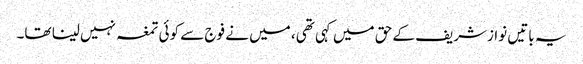
یہ باتیں نوازشریف کے حق میں کہی تھی، میں نے فوج سے کوئی تمغہ نہیں لینا تھا۔